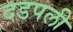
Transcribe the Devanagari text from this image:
दडपली